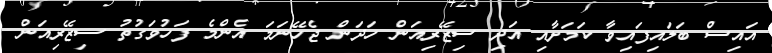
އައިސް ބަލައިފައިވާ ކަމަށާއި އަދި ސިޒޭރިއަން ހަދަން ޖެހޭނަމަ އެންމެ ފަހުވަގުތު ސިޒޭރިއަން